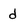
Character: d